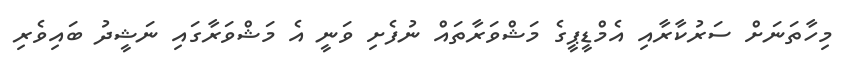
މިހާތަނަށް ސަރުކާރާއި އެމްޑީޕީގެ މަޝްވަރާތައް ނުފެށި ވަނީ އެ މަޝްވަރާގައި ނަޝީދު ބައިވެރި